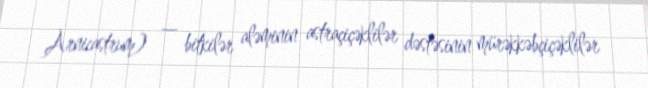
Arnicastrum) — bitkilər aləminin astraçiçəklilər dəstəsinin mürəkkəbçiçəklilər